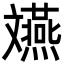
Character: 𫿲